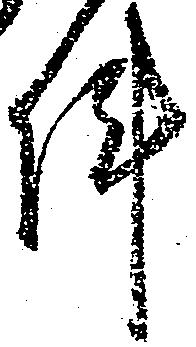
陣